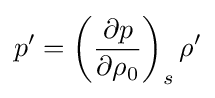
p'=\left({\frac {\partial p}{\partial \rho _{0}}}\right)_{s}\rho '